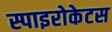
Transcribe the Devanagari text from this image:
स्पाइरोकेटस